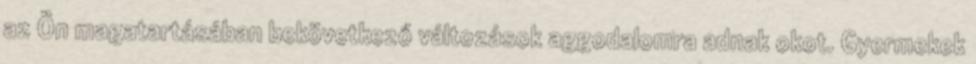
az Ön magatartásában bekövetkező változások aggodalomra adnak okot. Gyermekek